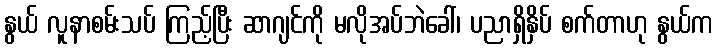
နွယ် လူနာစမ်းသပ် ကြည့်ပြီး ဆာဂျင်ကို မလိုအပ်ဘဲခေါ်၊ ပညာရှိနှိပ် စက်တာဟု နွယ်က